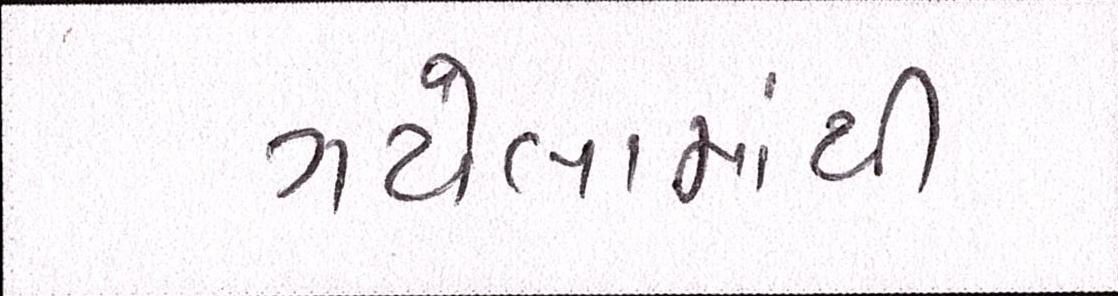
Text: ગયેલામાંથી